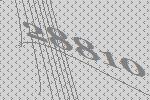
28810